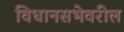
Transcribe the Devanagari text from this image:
विधानसभेवरील